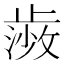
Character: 𭭰